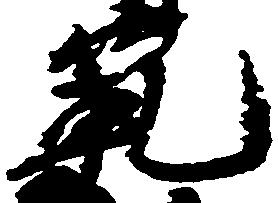
範